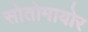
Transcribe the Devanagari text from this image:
सोतोमायोर